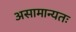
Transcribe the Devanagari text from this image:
असामान्यतः